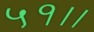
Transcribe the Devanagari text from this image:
५१।।